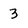
Character: 3